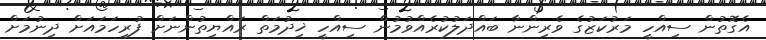
އެގޮތުން ސިއްހީ މަރުކަޒުގެ ވެރިންނާ ބައްދަލުކުރެއްވުމުން ސިއްހީ ޚިދުމަތް ރައްޔިތުންނަށް ފުރިހަމައަށް ދިނުމަށް